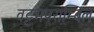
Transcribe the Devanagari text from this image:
वट्टमपराम्बिल